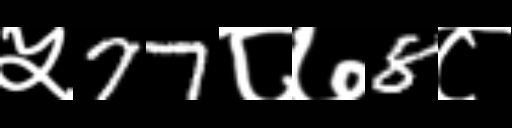
Text: ५77८७8८